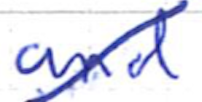
Text: and
Cross-out: diagonal
Writing tool: ballpoint